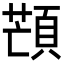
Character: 𩓜